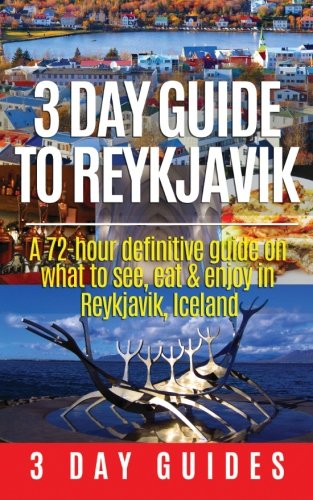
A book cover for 3 Day Guide to Reykjavik -A 72-hour Definitive Guide on What to See, Eat & Enjoy in Reykjavik, Iceland (3 Day Travel Guides) (Volume 2); 3 Day City Guides; Travel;